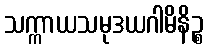
သက္ကာယသမုဒယဂါမိနိဉ္စ